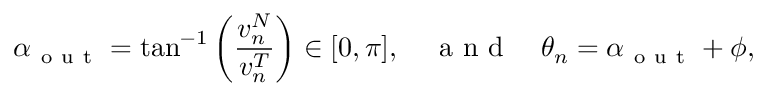
\alpha _ { \mathrm { ~ o ~ u ~ t ~ } } = \tan ^ { - 1 } \left( \frac { v _ { n } ^ { N } } { v _ { n } ^ { T } } \right) \in [ 0 , \pi ] , \quad \mathrm { ~ a ~ n ~ d ~ } \quad \theta _ { n } = \alpha _ { \mathrm { ~ o ~ u ~ t ~ } } + \phi ,